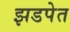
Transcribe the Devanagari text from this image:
झडपेत